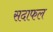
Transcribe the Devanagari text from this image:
सदाफल